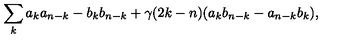
\sum _ { k } a _ { k } a _ { n - k } - b _ { k } b _ { n - k } + \gamma ( 2 k - n ) ( a _ { k } b _ { n - k } - a _ { n - k } b _ { k } ) ,